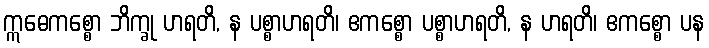
ဣဓေကစ္စော ဘိက္ခု ဟရတိ, န ပစ္စာဟရတိ၊ ဧကစ္စော ပစ္စာဟရတိ, န ဟရတိ၊ ဧကစ္စော ပန